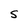
Character: S